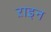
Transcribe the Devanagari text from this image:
ऱाइन